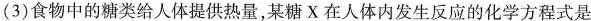
(3)食物中的糖类给人体提供热量，某糖X在人体内发生反应的化学方程式是